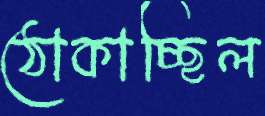
ঠোকাচ্ছিল